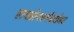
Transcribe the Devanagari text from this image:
हायझेनबर्गबरोबर